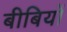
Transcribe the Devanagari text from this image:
बीबियों